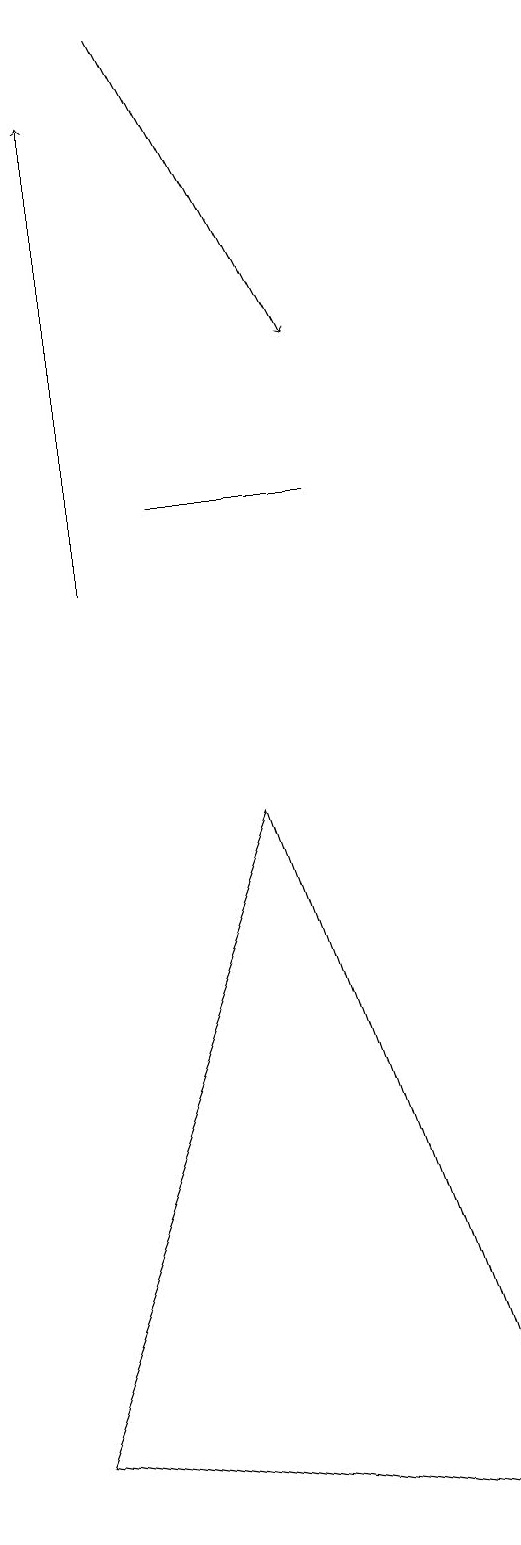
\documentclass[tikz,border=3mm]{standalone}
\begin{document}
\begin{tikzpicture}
\draw[->] (1,12) -- (1,18);
\draw (4,13) rectangle (2,13);
\draw (3,9) -- (6,0) -- (0,1) -- cycle;
\draw[->] (2,19) -- (4,15);
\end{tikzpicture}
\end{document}